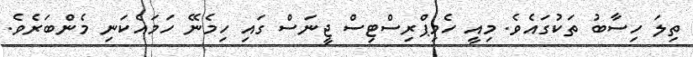
ތިލަ ހިސާބު ތަކުގައެވެ. މިއީ ހެމިޕްރިސްޓިސް ޖީނަސް ގައި ހިމެނޭ ހަމައެކަނި މެންބަރެވެ.